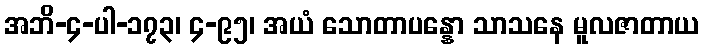
အဘိ-၄-ပါ-၁၇၃၊ ၄-၉၅၊ အယံ သောတာပန္နော သာသနေ မူလဇာတာယ